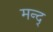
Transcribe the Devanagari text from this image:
मन्द्